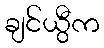
ချင်ယွီက